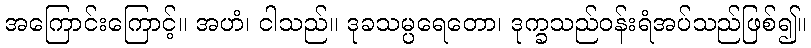
အကြောင်းကြောင့်။ အဟံ၊ ငါသည်။ ဒုခသမ္ပရေတော၊ ဒုက္ခသည်ဝန်းရံအပ်သည်ဖြစ်၍။